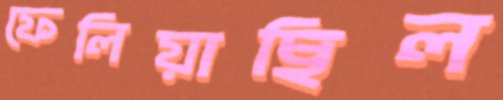
ফেলিয়াছিল